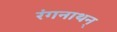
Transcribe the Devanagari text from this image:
रंगनाथन्‌